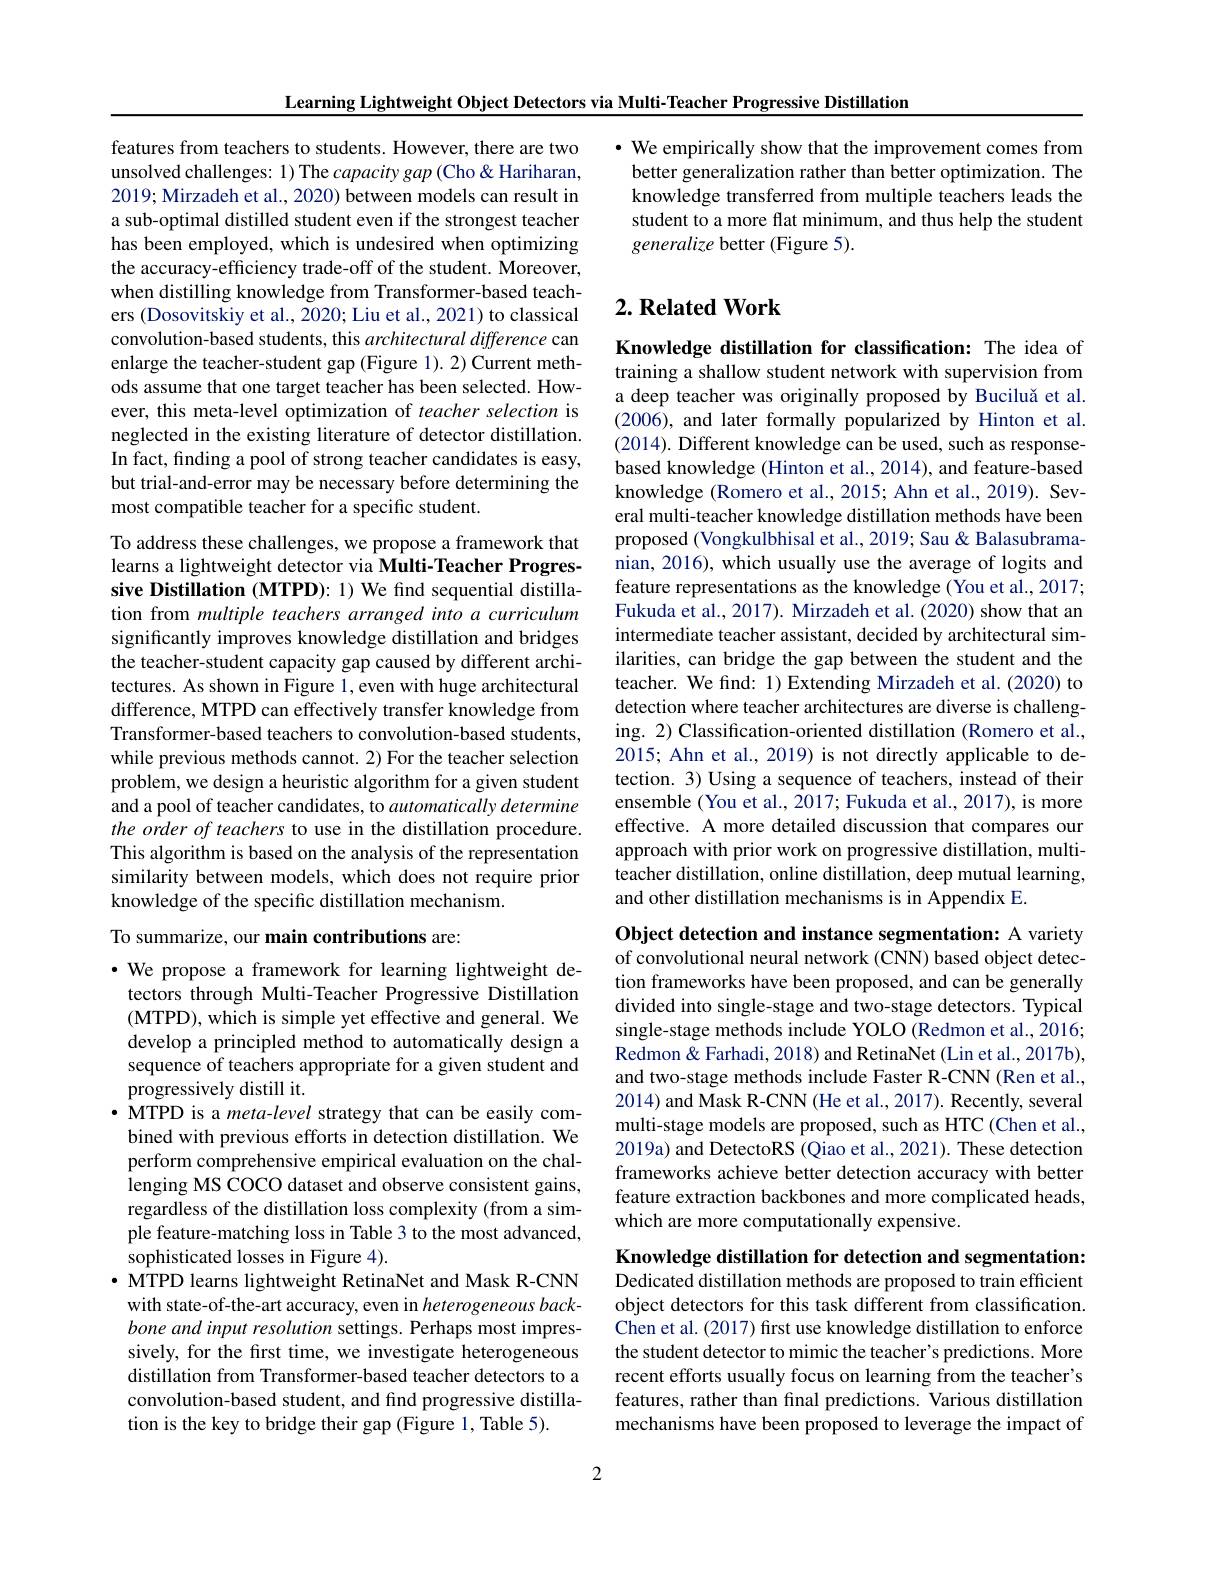
Learning Lightweight Object Detectors via Multi-Teacher Progressive Distillation

features from teachers to students. However, there are two unsolved challenges: 1) The capacity gap (Cho & Hariharan, 2019; Mirzadeh et al., 2020) between models can result in a sub-optimal distilled student even if the strongest teacher has been employed, which is undesired when optimizing the accuracy-efficiency trade-off of the student. Moreover, when distilling knowledge from Transformer-based teachers (Dosovitskiy et al., 2020; Liu et al., 2021) to classical convolution-based students, this architectural difference can enlarge the teacher-student gap (Figure 1).2) Current methods assume that one target teacher has been selected. However, this meta-level optimization of teacher selection is neglected in the existing literature of detector distillation. In fact, finding a pool of strong teacher candidates is easy, but trial-and-error may be necessary before determining the most compatible teacher for a specific student.

To address these challenges, we propose a framework that learns a lightweight detector via Multi-Teacher Progressive Distillation (MTPD): 1) We find sequential distillation from multiple teachers arranged into a curriculum

significantly improves knowledge distillation and bridges the teacher-student capacity gap caused by different architectures. As shown in Figure 1, even with huge architectural difference, MTPD can effectively transfer knowledge from Transformer-based teachers to convolution-based students, while previous methods cannot. 2) For the teacher selection problem, we design a heuristic algorithm for a given student and a pool of teacher candidates, to automatically determine the order of teachers to use in the distillation procedure. This algorithm is based on the analysis of the representation similarity between models, which does not require prior knowledge of the specific distillation mechanism.

To summarize, our main contributions are:

$\cdot$ We propose a framework for learning lightweight detectors through Multi-Teacher Progressive Distillation (MTPD), which is simple yet effective and general. We develop a principled method to automatically design a sequence of teachers appropriate for a given student and progressively distill it.
$\cdot$ MTPD is a meta-level strategy that can be easily com-
bined with previous efforts in detection distillation. We perform comprehensive empirical evaluation on the challenging MS COCO dataset and observe consistent gains, regardless of the distillation loss complexity (from a simple feature-matching loss in Table 3 to the most advanced, sophisticated losses in Figure 4).
$\cdot$ MTPD learns lightweight RetinaNet and Mask R-CNN with state-of-the-art accuracy, even in heterogeneous backbone and input resolution settings. Perhaps most impressively, for the first time, we investigate heterogeneous distillation from Transformer-based teacher detectors to a convolution-based student, and find progressive distillation is the key to bridge their gap (Figure 1, Table 5).

$\cdot$ We empirically show that the improvement comes from better generalization rather than better optimization. The knowledge transferred from multiple teachers leads the student to a more flat minimum, and thus help the student generalize better (Figure 5).

## $2. \textbf{Related Work}$

Knowledge distillation for classification: The idea of training a shallow student network with supervision from a deep teacher was originally proposed by Buciluă et al. (2006), and later formally popularized by Hinton et al. (2014). Different knowledge can be used, such as responsebased knowledge (Hinton et al., 2014), and feature-based knowledge (Romero et al., 2015; Ahn et al., 2019). Several multi-teacher knowledge distillation methods have been proposed (Vongkulbhisal et al., 2019; Sau & Balasubramanian, 2016), which usually use the average of logits and feature representations as the knowledge (You et al., 2017; Fukuda et al., 2017). Mirzadeh et al. (2020) show that an intermediate teacher assistant, decided by architectural similarities, can bridge the gap between the student and the teacher. We find: 1) Extending Mirzadeh et al.(2020) to detection where teacher architectures are diverse is challenging. 2) Classification-oriented distillation (Romero et al., 2015; Ahn et al., 2019) is not directly applicable to detection. 3) Using a sequence of teachers, instead of their ensemble (You et al., 2017; Fukuda et al., 2017), is more effective. A more detailed discussion that compares our approach with prior work on progressive distillation, multiteacher distillation, online distillation, deep mutual learning, and other distillation mechanisms is in Appendix E.

Object detection and instance segmentation: A variety of convolutional neural network (CNN) based object detection frameworks have been proposed, and can be generally divided into single-stage and two-stage detectors. Typical single-stage methods include YOLO (Redmon et al., 2016; Redmon& Farhadi, 2018) and RetinaNet (Lin et al., 2017b), and two-stage methods include Faster R-CNN (Ren et al., 2014) and Mask R-CNN (He et al., 2017). Recently, several multi-stage models are proposed, such as HTC (Chen et al., 2019a) and DetectoRS (Qiao et al., 2021). These detection frameworks achieve better detection accuracy with better feature extraction backbones and more complicated heads, which are more computationally expensive.

Knowledge distillation for detection and segmentation: Dedicated distillation methods are proposed to train efficient object detectors for this task different from classification Chen et al. (2017) first use knowledge distillation to enforce the student detector to mimic the teacher's predictions. More recent efforts usually focus on learning from the teacher's features, rather than final predictions. Various distillation mechanisms have been proposed to leverage the impact of

2